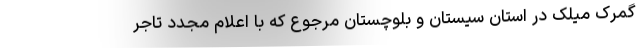
گمرک میلک در استان سیستان و بلوچستان مرجوع که با اعلام مجدد تاجر